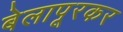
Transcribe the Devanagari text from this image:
बेलापूरकर